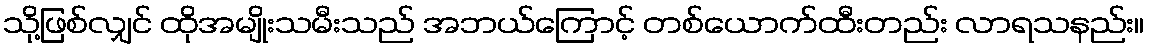
သို့ဖြစ်လျှင် ထိုအမျိုးသမီးသည် အဘယ်ကြောင့် တစ်ယောက်ထီးတည်း လာရသနည်း။